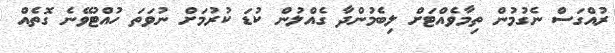
ރުއްގަސް ނެގުމުން ތިމާވެއްޓަށް ލިބެމުންދާ ގެއްލުން ކުޑަ ކުރުމަށް ނުވަތަ ހުއްޓުވޭނެ ގޮތެއް